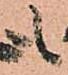
も